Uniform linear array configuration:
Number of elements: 16
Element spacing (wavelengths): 1
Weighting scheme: uniform
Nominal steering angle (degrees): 30
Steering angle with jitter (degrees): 28.117
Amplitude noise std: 0.05
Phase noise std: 0.05

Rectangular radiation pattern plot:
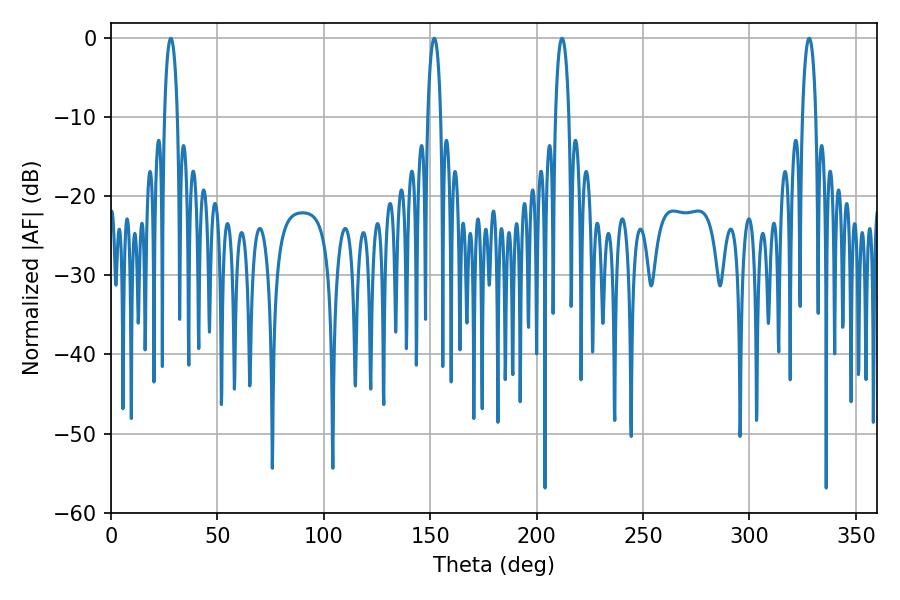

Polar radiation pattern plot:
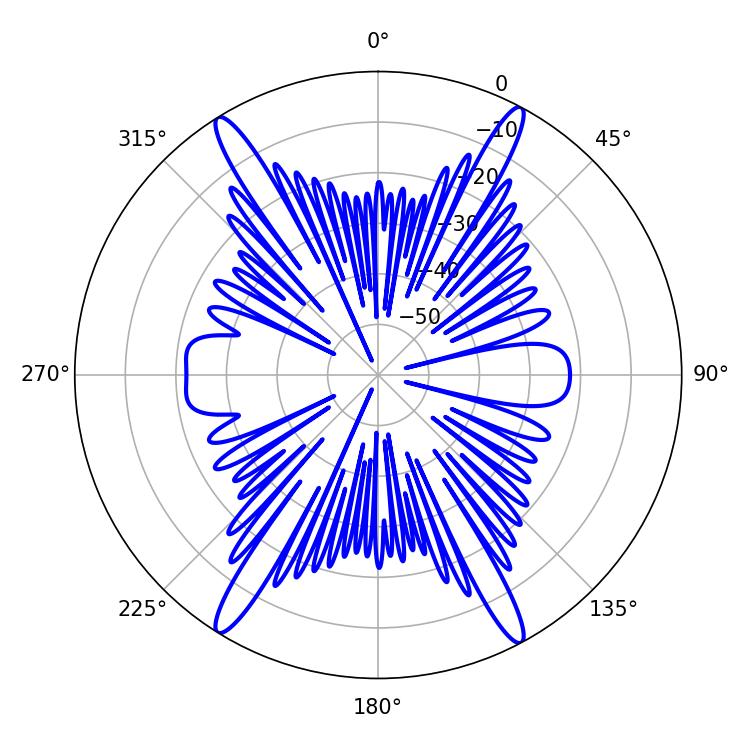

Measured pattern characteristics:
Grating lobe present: TRUE
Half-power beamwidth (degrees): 3.42
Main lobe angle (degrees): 151.92